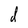
Character: d